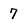
Character: 7